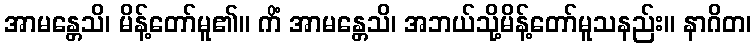
အာမန္တေသိ၊ မိန့်တော်မူ၏။ ကိံ အာမန္တေသိ၊ အဘယ်သို့မိန့်တော်မူသနည်း။ နာဂိတ၊